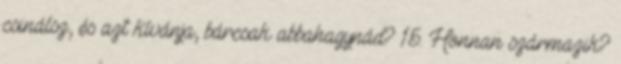
csinálsz, és azt kívánja, bárcsak abbahagynád? 15. Honnan származik?